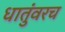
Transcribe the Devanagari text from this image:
धातुंवरच